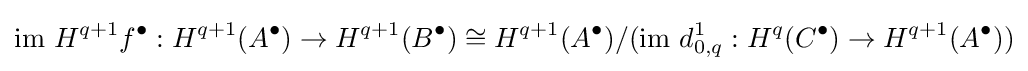
{\text{im }}H^{q+1}f^{\bullet }:H^{q+1}(A^{\bullet })\rightarrow H^{q+1}(B^{\bullet })\cong H^{q+1}(A^{\bullet })/({\mbox{im }}d_{0,q}^{1}:H^{q}(C^{\bullet })\rightarrow H^{q+1}(A^{\bullet }))